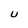
Character: U